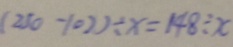
( 2 5 0 - 1 0 ) \div x = 1 4 8 \div x